Annual statistical returns and brief notes on vaccination in Bengal - 1909-1929
Year: 1909
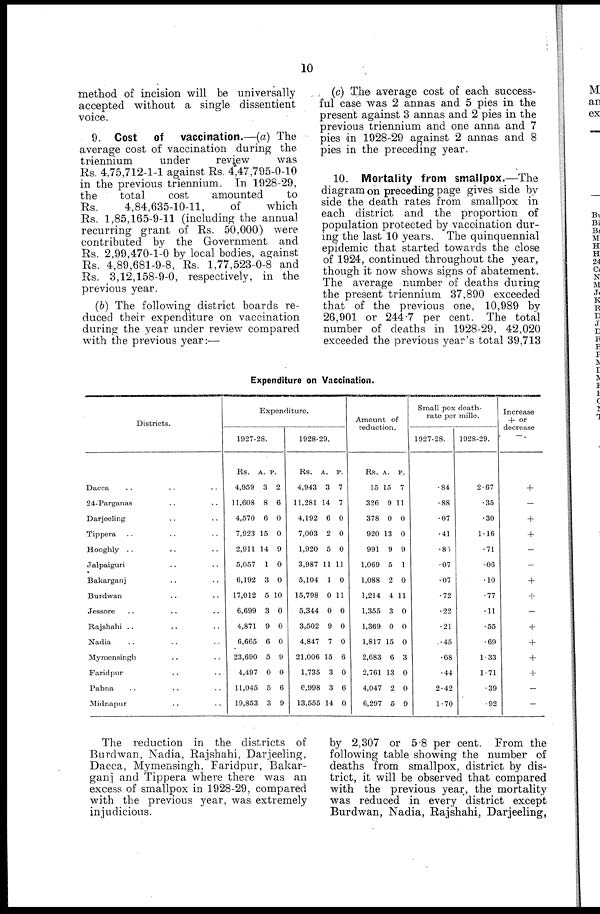
10
method of incision will be universally
accepted without a single dissentient
voice.
9. Cost of vaccination.—(a) The
average cost of vaccination during the
triennium
under
review
was
Rs. 4,75,712-1-1 against Rs. 4,47,795-0-10
in the previous triennium. In 1928-29,
the
total
cost
amounted
to
Rs.
4,84,635-10-11,
of
which
Rs. 1,85,165-9-11 (including the annual
recurring grant of Rs. 50,000) were
contributed by the Government and
Rs. 2,99,470-1-0 by local bodies, against
Rs. 4,89,681-9-8, Rs. 1,77,523-0-8 and
Rs. 3,12,158-9-0, respectively, in the
previous year.
(b) The following district boards re-
duced their expenditure on vaccination
during the year under review compared
with the previous year:—
Expenditure on Vaccination.
Districts.
Dacca .. ..
24-Parganas .. ..
Darjeeling .. ..
Tippera .. ..
Hooghly ..
..
Jalpaiguri .. ..
Bakarganj .. ..
Burdwan .. ..
Jessore .. ..
Rajshahi .. ..
Nadia .. ..
Mymensingh ..
Faridpur .. ..
Pabna .. ..
Midnapur .. ..
Expenditure.
1927-28.
Rs.
4,959
11,608
4,570
7,923
2,911
5,057
6,192
17,012
6,699
4,871
6,665
23,690
4,497
11,045
19,853
A.
3
8
6
15
14
1
3
5
3
9
6
5
0
5
3
P.
2
6
0
0
9
0
0
10
0
0
0
9
0
6
9
1928-29.
Rs.
4,943
11,281
4,192
7,003
1,920
3,987
5,104
15,798
5,344
3,502
4,847
21,006
1,735
6,998
13,555
A.
3
14
6
2
5
11
1
0
0
9
7
15
3
3
14
P.
7
7
0
0
0
11
0
11
0
0
0
6
0
6
0
Amount of
reduction.
Rs.
15
326
378
920
991
1,069
1,088
1,214
1,355
1,369
1,817
2,683
2,761
4,047
6,297
A.
15
9
0
13
9
5
2
4
3
0
15
6
13
2
5
P.
7
11
0
0
9
1
0
11
0
0
0
3
0
0
9
Small pox death-
rate per mille.
1927-28.
.84
.88
.07
.41
.85
.07
.07
.72
.22
.21
.45
.68
.44
2.42
1.70
1928-29.
2.67
.35
.30
1.16
.71
.06
.10
.77
.11
.55
.69
1.33
1.71
.39
.92
Increase
+ or
decrease
+
-
+
+
-
-
+
+
-
+
+
+
+
-
-
The reduction in the districts of
Burdwan, Nadia, Rajshahi, Darjeeling,
Dacca, Mymensingh, Faridpur, Bakar-
ganj and Tippera where there was an
excess of smallpox in 1928-29, compared
with the previous year, was extremely
injudicious.
(c) The average cost of each success-
ful case was 2 annas and 5 pies in the
present against 3 annas and 2 pies in the
previous triennium and one anna and 7
pies in 1928-29 against 2 annas and 8
pies in the preceding year.
10. Mortality from smallpox.—The
diagram on preceding page gives side by
side the death rates from smallpox in
each district and the proportion of
population protected by vaccination dur-
ing the last 10 years. The quinquennial
epidemic that started towards the close
of 1924, continued throughout the year,
though it now shows signs of abatement.
The average number of deaths during
the present triennium 37,890 exceeded
that of the previous one, 10,989 by
26,901 or 244.7 per cent. The total
number of deaths in 1928-29, 42,020
exceeded the previous year's total 39,713
by 2,307 or 5 8 per cent. From the
following table showing the number of
deaths from smallpox, district by dis-
trict, it will be observed that compared
with the previous year, the mortality
was reduced in every district except
Burdwan, Nadia, Rajshahi, Darjeeling,